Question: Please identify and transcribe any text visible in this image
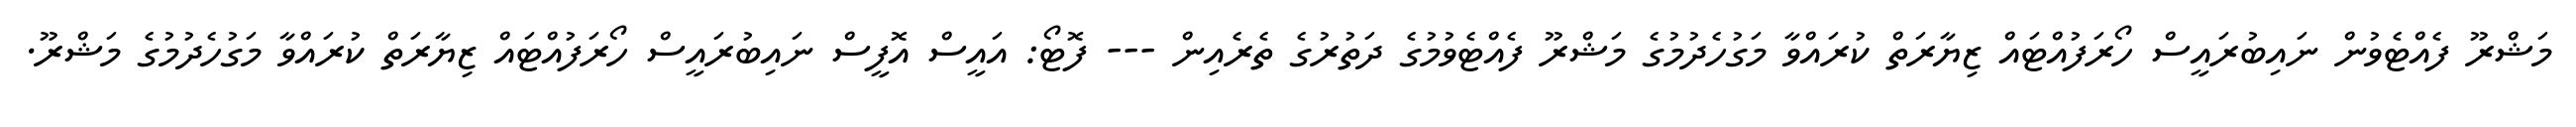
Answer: މަޝްރޫ ފެއްޓެވުން ނައިބުރައީސް ހޯރަފުއްޓައް ޒިޔާރަތް ކުރައްވާ މަގުހެދުމުގެ މަޝްރޫ ފެއްޓެވުމުގެ ދަތުރުގެ ތެރެއިން --- ފޮޓޯ: އައީސް އޮފީސް ނައިބުރައީސް ހޯރަފުއްޓައް ޒިޔާރަތް ކުރައްވާ މަގުހެދުމުގެ މަޝްރޫ.